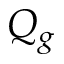
Q _ { g }